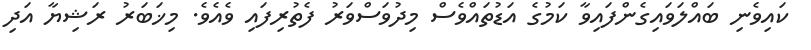
ކައިވެނި ބައްލަވައިގެންފައިވާ ކަމުގެ އަޑުތައްވެސް މިދުވަސްވަރު ފެތުރިފައި ވެއެވެ. މިޚަބަރު ރަޝިޔާ އަދި